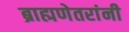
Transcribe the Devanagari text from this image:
ब्राह्मणेतरांनी